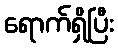
ရောက်ရှိပြီး